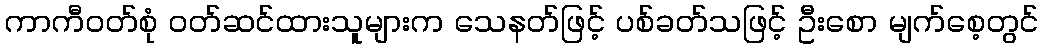
ကာကီဝတ်စုံ ဝတ်ဆင်ထားသူများက သေနတ်ဖြင့် ပစ်ခတ်သဖြင့် ဦးစော မျက်စေ့တွင်